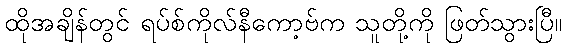
ထိုအချိန်တွင် ရပ်စ်ကိုလ်နီကော့ဗ်က သူတို့ကို ဖြတ်သွားပြီ။